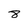
Character: 8